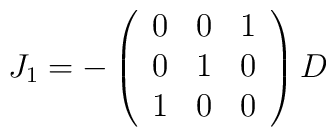
J_{1} = - \left( \begin{array}{ccc}0 & 0 & 1 \\ 0 & 1 & 0 \\ 1 & 0 & 0 \end{array}\right) D